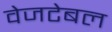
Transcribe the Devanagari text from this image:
वेजटेबल